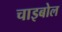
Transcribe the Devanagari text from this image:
चाइबोल